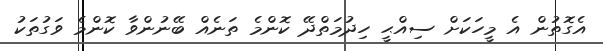
އެގޮތުން އެ މީހަކަށް ސިއްޙީ ހިދުމަތްދޭ ކޮންމެ ތަނެއް ބޭނުންވާ ކޮންމެ ވަގުތަކު